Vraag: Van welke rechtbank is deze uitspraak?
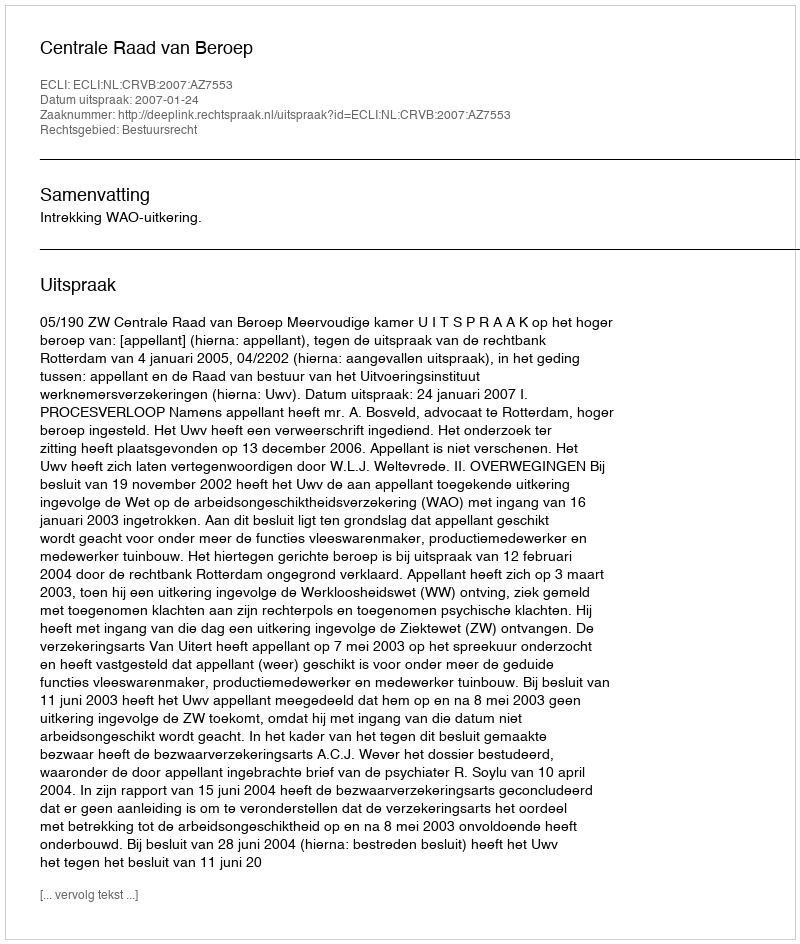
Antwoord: Centrale Raad van Beroep